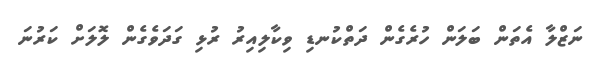
ނަޒްލާ އެތަން ބަލަން ހުރެގެން ދަތްކުނޑި ވިކާލިއިރު ރުޅި ގަދަވެގެން ލޮލަށް ކަރުނަ